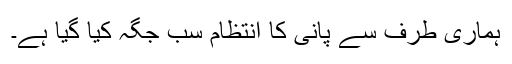
ہماری طرف سے پانی کا انتظام سب جگہ کیا گیا ہے۔